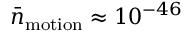
\bar { n } _ { \mathrm { m o t i o n } } \approx 1 0 ^ { - 4 6 }